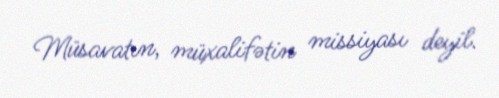
Müsavatın, müxalifətin missiyası deyil.